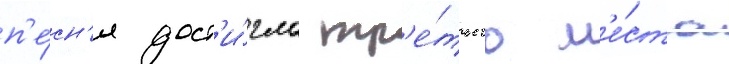
п'е́сн'я дост'и́гла тр'е́тьего м'е́ста